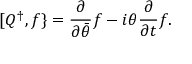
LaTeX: [ Q ^ { \dagger } , f \} = { \frac { \partial } { \partial { \bar { \theta } } } } f - i \theta { \frac { \partial } { \partial t } } f .